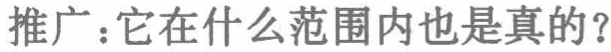
推广：它在什么范围内也是真的？